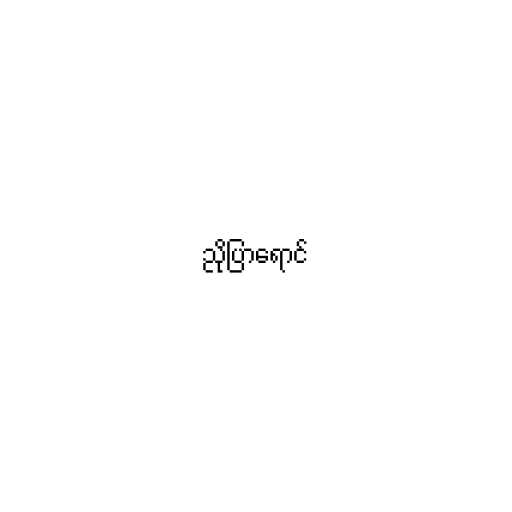
ညိုပြာရောင်